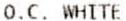
O.C. WHITE